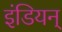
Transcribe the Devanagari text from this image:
इंडियन्